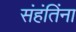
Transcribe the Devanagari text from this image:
संहंतिंना